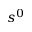
s ^ { 0 }